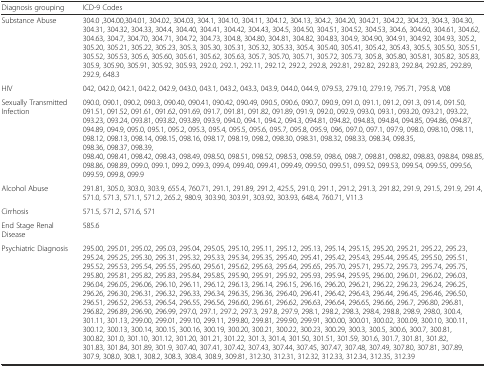
<table><thead><tr><td><b>Diagnosis grouping</b></td><td><b>ICD-9 Codes</b></td></tr></thead><tbody><tr><td>Substance Abuse</td><td>304.0 ,304.00,304.01, 304.02, 304.03, 304.1, 304.10, 304.11, 304.12, 304.13, 304.2, 304.20, 304.21, 304.22, 304.23, 304.3, 304.30, 304.31, 304.32, 304.33, 304.4, 304.40, 304.41, 304.42, 304.43, 304.5, 304.50, 304.51, 304.52, 304.53, 304.6, 304.60, 304.61, 304.62, 304.63, 304.7, 304.70, 304.71, 304.72, 304.73, 304.8, 304.80, 304.81, 304.82, 304.83, 304.9, 304.90, 304.91, 304.92, 304.93, 305.2, 305.20, 305.21, 305.22, 305.23, 305.3, 305.30, 305.31, 305.32, 305.33, 305.4, 305.40, 305.41, 305.42, 305.43, 305.5, 305.50, 305.51, 305.52, 305.53, 305.6, 305.60, 305.61, 305.62, 305.63, 305.7, 305.70, 305.71, 305.72, 305.73, 305.8, 305.80, 305.81, 305.82, 305.83, 305.9, 305.90, 305.91, 305.92, 305.93, 292.0, 292.1, 292.11, 292.12, 292.2, 292.8, 292.81, 292.82, 292.83, 292.84, 292.85, 292.89, 292.9, 648.3</td></tr><tr><td>HIV</td><td>042, 042.0, 042.1, 042.2, 042.9, 043.0, 043.1, 043.2, 043.3, 043.9, 044.0, 044.9, 079.53, 279.10, 279.19, 795.71, 795.8, V08</td></tr><tr><td>Sexually Transmitted Infection</td><td>090.0, 090.1, 090.2, 090.3, 090.40, 090.41, 090.42, 090.49, 090.5, 090.6, 090.7, 090.9, 091.0, 091.1, 091.2, 091.3, 091.4, 091.50, 091.51, 091.52, 091.61, 091.62, 091.69, 091.7, 091.81, 091.82, 091.89, 091.9, 092.0, 092.9, 093.0, 093.1, 093.20, 093.21, 093.22, 093.23, 093.24, 093.81, 093.82, 093.89, 093.9, 094.0, 094.1, 094.2, 094.3, 094.81, 094.82, 094.83, 094.84, 094.85, 094.86, 094.87, 094.89, 094.9, 095.0, 095.1, 095.2, 095.3, 095.4, 095.5, 095.6, 095.7, 095.8, 095.9, 096, 097.0, 097.1, 097.9, 098.0, 098.10, 098.11, 098.12, 098.13, 098.14, 098.15, 098.16, 098.17, 098.19, 098.2, 098.30, 098.31, 098.32, 098.33, 098.34, 098.35, 098.36, 098.37, 098.39, 098.40, 098.41, 098.42, 098.43, 098.49, 098.50, 098.51, 098.52, 098.53, 098.59, 098.6, 098.7, 098.81, 098.82, 098.83, 098.84, 098.85, 098.86, 098.89, 099.0, 099.1, 099.2, 099.3, 099.4, 099.40, 099.41, 099.49, 099.50, 099.51, 099.52, 099.53, 099.54, 099.55, 099.56, 099.59, 099.8, 099.9</td></tr><tr><td>Alcohol Abuse</td><td>291.81, 305.0, 303.0, 303.9, 655.4, 760.71, 291.1, 291.89, 291.2, 425.5, 291.0, 291.1, 291.2, 291.3, 291.82, 291.9, 291.5, 291.9, 291.4, 571.0, 571.3, 571.1, 571.2, 265.2, 980.9, 303.90, 303.91, 303.92, 303.93, 648.4, 760.71, V11.3</td></tr><tr><td>Cirrhosis</td><td>571.5, 571.2, 571.6, 571</td></tr><tr><td>End Stage Renal Disease</td><td>585.6</td></tr><tr><td>Psychiatric Diagnosis</td><td>295.00, 295.01, 295.02, 295.03, 295.04, 295.05, 295.10, 295.11, 295.12, 295.13, 295.14, 295.15, 295.20, 295.21, 295.22, 295.23, 295.24, 295.25, 295.30, 295.31, 295.32, 295.33, 295.34, 295.35, 295.40, 295.41, 295.42, 295.43, 295.44, 295.45, 295.50, 295.51, 295.52, 295.53, 295.54, 295.55, 295.60, 295.61, 295.62, 295.63, 295.64, 295.65, 295.70, 295.71, 295.72, 295.73, 295.74, 295.75, 295.80, 295.81, 295.82, 295.83, 295.84, 295.85, 295.90, 295.91, 295.92, 295.93, 295.94, 295.95, 296.00, 296.01, 296.02, 296.03, 296.04, 296.05, 296.06, 296.10, 296.11, 296.12, 296.13, 296.14, 296.15, 296.16, 296.20, 296.21, 296.22, 296.23, 296.24, 296.25, 296.26, 296.30, 296.31, 296.32, 296.33, 296.34, 296.35, 296.36, 296.40, 296.41, 296.42, 296.43, 296.44, 296.45, 296.46, 296.50, 296.51, 296.52, 296.53, 296.54, 296.55, 296.56, 296.60, 296.61, 296.62, 296.63, 296.64, 296.65, 296.66, 296.7, 296.80, 296.81, 296.82, 296.89, 296.90, 296.99, 297.0, 297.1, 297.2, 297.3, 297.8, 297.9, 298.1, 298.2, 298.3, 298.4, 298.8, 298.9, 298.0, 300.4, 301.11, 301.13, 299.00, 299.01, 299.10, 299.11, 299.80, 299.81, 299.90, 299.91, 300.00, 300.01, 300.02, 300.09, 300.10, 300.11, 300.12, 300.13, 300.14, 300.15, 300.16, 300.19, 300.20, 300.21, 300.22, 300.23, 300.29, 300.3, 300.5, 300.6, 300.7, 300.81, 300.82, 301.0, 301.10, 301.12, 301.20, 301.21, 301.22, 301.3, 301.4, 301.50, 301.51, 301.59, 301.6, 301.7, 301.81, 301.82, 301.83, 301.84, 301.89, 301.9, 307.40, 307.41, 307.42, 307.43, 307.44, 307.45, 307.47, 307.48, 307.49, 307.80, 307.81, 307.89, 307.9, 308.0, 308.1, 308.2, 308.3, 308.4, 308.9, 309.81, 312.30, 312.31, 312.32, 312.33, 312.34, 312.35, 312.39</td></tr></tbody></table>